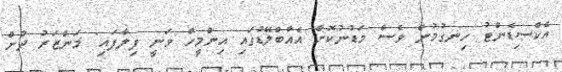
އެކްސިޑެންޓު ހިނގުމުން ވެސް މަޑުނުކޮށް އެއާބްލޭޑުގައި އިންމީހާ ވަނީ ފިލާފައި" މަންޒަރު ދުށް